Report on sanitation, dispensaries, and jails in Rajputana for 1916, and on vaccination for the year 1916-1917 - 1916-1917
Year: 1916
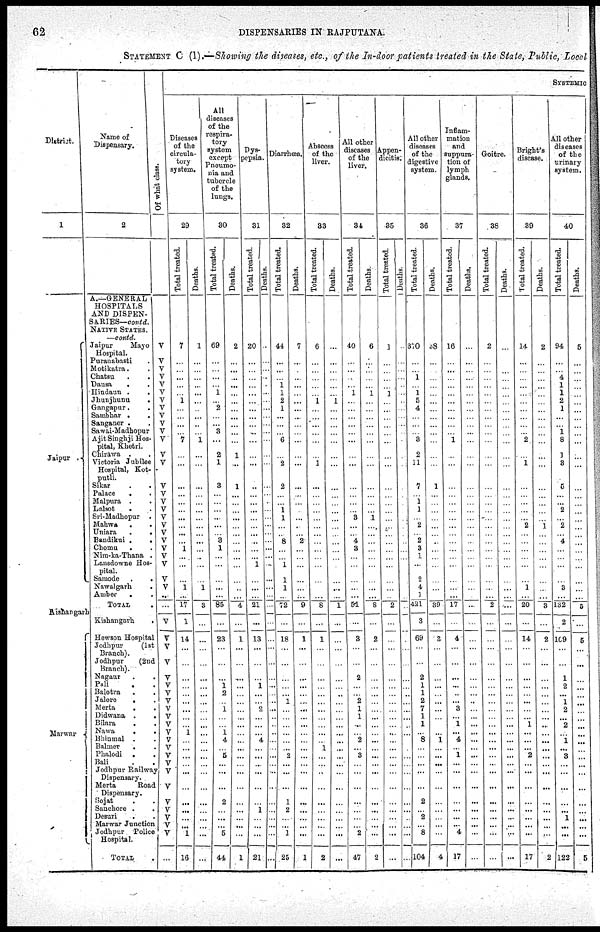
62
DISPENSARIES IN RAJPUTANA.
STATEMENT C (I).—Showing the diseases, etc., of the In-door patients treated in the State, Public, Local
District.
1
Jaipur .
Kishangarh
Marwar
Name of
Dispensary.
2
A.—GENERAL
HOSPITALS
AND DISPEN-
SARIES—contd.
NATIVE STATES.
—contd.
Jaipur
Mayo
Hospital.
Puranabasti .
Motikatra . .
Chatsu . .
Dausa
. .
Hindaun . .
Jhunjhunu
.
Gangapur . .
Sambhar . .
Sanganer . .
Sawai-Madhopur
Ajit Singhji Hos-
pital, Khetri.
Chirawa . .
Victoria Jubilee
Hospital, Kot-
putli.
Sikar
.
.
Palace
. .
Malpura . .
Lalsot
. .
Sri-Madhopur .
Mahwa . .
Uniara
.
.
Bandikui .
.
Chomu
. .
Nim-ka-Thana .
Lansdowne Hos-
pital.
Samode .
.
Nawalgarh
.
Amber
.
.
TOTAL
.
Kishangarh
.
Hewson Hospital
Jodhpur
(1st
Branch).
Jodhpur
(2nd
Branch).
Nagaur . .
Pali . .
Balotra . .
Jalore . .
Merta . .
Didwana . .
Bilara
. .
Nawa
. .
Bhinmal . .
Balmer
. .
Phalodi . .
Bali . .
Jodhpur Railway
Dispensary.
Merta
Road
Dispensary.
Sojat . .
Sanchore . .
Desuri . .
Marwar Junction
Jodhpur Police
Hospital.
TOTAL .
Of what class.
V
V
V
V
V
V
V
V
V
V
V
V
V
V
V
V
V
V
V
V
V
V
V
V
V
V
V
...
...
V
V
V
V
V V
V
V
V
V
V V
V
V
V V
V
V
V
V
V
V
V
...
SYSTEMIC
Diseases
of the
circula-
tory
system.
29
Total treated.
7
...
...
...
...
...
1
...
...
...
...
7
...
...
...
...
...
...
...
...
...
...
1
...
...
...
1
...
17
1
14
...
...
...
...
...
...
...
...
...
1
...
...
...
...
...
...
...
...
...
...
1
16
Deaths.
1
...
...
...
...
...
...
...
...
...
...
1
...
...
...
...
...
...
...
...
...
...
...
...
...
...
1
...
3
...
...
...
...
...
...
...
...
...
...
...
...
...
...
...
...
...
...
...
...
...
...
...
...
All
diseases
of the
respira-
tory
system
except
Pneumo-
nia and
tubercle
of the
lungs.
30
Total treated.
69
...
...
...
...
1
...
2
...
... 3
...
2
1
3
...
...
...
...
...
...
3
1
...
...
...
...
...
85
...
23
...
...
... 1
2
...
1
...
...
1
4
...
5
...
...
...
2
...
...
...
5
44
Deaths.
2
...
...
...
...
...
...
...
...
...
...
...
1
...
1
...
...
...
...
...
...
...
...
...
...
...
...
...
4
...
1
...
...
...
...
...
...
...
...
...
...
...
...
...
...
...
...
...
...
...
...
...
1
Dys-
pepsia.
31
Total treated.
20
...
...
...
...
...
...
...
...
...
...
...
...
...
..
...
...
...
...
...
...
...
...
...
1
...
...
...
21
...
13
...
...
... 1
...
...
2
...
...
...
4
...
...
...
...
...
...
1
...
...
...
21
Deaths.
...
...
...
...
...
...
...
...
...
...
...
...
...
...
...
...
...
...
...
...
...
...
...
...
...
...
...
...
...
...
...
...
...
... ...
...
...
...
...
...
...
...
...
...
...
...
...
...
...
...
...
...
...
Diarrhœa.
32
Total treated.
44
...
...
...
1
1
2
1
...
...
...
6
...
2
2
...
...
1
1
...
...
8
...
...
1
1
1
...
72
...
18
...
...
...
...
...
1
...
...
...
...
... ...
2
...
...
...
1
2
...
...
1
25
Deaths.
7
...
...
...
...
...
...
...
...
...
...
...
...
...
...
...
...
...
...
...
...
2
...
...
...
...
...
...
9
...
1
...
...
...
...
...
...
...
...
...
...
...
...
...
...
...
...
...
...
...
...
...
1
Abscess
of the
liver.
33
Total treated.
6
...
...
...
...
...
1
...
...
...
...
...
...
1
...
...
...
...
...
...
...
...
...
...
...
...
...
...
8
...
1
...
...
...
...
...
...
...
...
...
...
...
1
...
...
...
...
...
...
...
...
...
2
Deaths.
...
...
...
...
...
...
1
...
...
...
...
...
...
...
...
...
...
...
...
...
...
...
...
...
...
...
...
...
1
...
...
...
...
...
...
...
...
...
...
...
...
...
...
...
...
...
...
...
...
...
...
...
...
All other
diseases
of the
liver.
34
Total treated.
40
...
...
...
...
1
...
...
...
...
...
...
...
...
...
...
...
...
3
...
...
4
3
...
...
...
...
...
51
...
3
...
...
2
...
...
2
1
1
...
...
2
...
3
...
...
...
...
...
...
...
2
47
Deaths.
6
...
...
...
...
1
...
...
...
...
...
...
...
...
...
...
...
...
1
...
...
...
...
...
...
...
...
...
8
...
2
...
...
...
...
...
...
...
...
...
...
...
...
...
...
...
...
...
...
...
...
...
2
Appen-
dicitis.
35
Total treated.
1
...
...
...
...
1
...
...
...
...
...
...
...
...
...
...
...
...
...
...
...
...
...
...
...
...
...
...
2
...
...
...
...
...
...
...
...
...
...
...
...
...
...
...
...
...
...
...
...
...
...
...
...
Deaths.
...
...
...
...
...
...
...
...
...
...
...
...
...
...
...
...
...
...
...
...
...
...
...
...
...
...
...
...
...
...
...
...
...
...
...
...
...
...
...
...
...
...
...
...
...
...
...
...
...
...
...
...
...
All other
diseases
of the
digestive
system.
36
Total treated.
370
...
...
1
...
1
5
4
...
...
...
3
2
11
7
...
1 1
...
2
...
2
3
1
...
2
4
1
421
3
69
...
...
2
1
1
2
7
1
1
...
8
...
...
...
...
...
2
...
2
...
8
104
Deaths.
38
...
...
...
...
...
...
...
...
...
...
...
...
...
1
...
...
...
...
...
...
...
...
...
...
...
...
...
39
...
3
...
...
...
...
...
...
...
...
...
...
1
...
...
...
...
...
...
...
...
...
...
4
Inflam-
mation
and
suppura-
tion of
lymph
glands.
37
Total treated.
16
...
...
...
...
...
...
...
...
...
...
1
...
...
...
...
...
...
...
...
...
...
...
...
...
...
...
...
17
...
4
...
...
...
...
...
...
3
...
1
...
4
...
1
...
...
...
...
...
...
...
4
17
Deaths.
...
...
...
...
...
...
...
...
...
...
...
...
...
...
...
...
...
...
...
...
...
...
...
...
...
...
...
...
...
...
...
...
...
...
...
...
...
...
...
...
...
...
...
...
...
...
...
...
...
...
...
...
...
Goitre.
38
Total treated.
2
...
...
...
...
...
...
...
...
...
...
...
...
...
...
...
...
...
...
...
...
...
...
...
...
...
...
...
2
...
...
...
...
...
...
...
...
...
...
...
...
...
...
...
...
...
...
...
...
...
...
...
...
Deaths.
...
...
...
...
...
...
...
...
...
...
...
...
...
...
...
...
...
...
...
...
...
...
...
...
...
...
...
...
...
...
...
...
...
...
...
...
...
...
...
...
...
...
...
...
...
...
...
...
...
...
...
...
...
Bright's
disease.
39
Total treated.
14
...
...
...
...
...
...
...
...
...
...
2
...
1
...
...
...
...
...
2
...
...
...
...
...
...
1
...
20
...
14
...
...
...
...
...
...
...
...
1
...
...
...
2
...
...
...
...
...
...
...
...
17
Deaths.
2
...
...
...
...
...
...
...
...
...
...
...
...
...
...
...
...
...
...
1
...
...
...
...
...
...
...
...
3
...
2
...
...
...
...
...
...
...
...
...
...
...
...
...
...
...
...
...
...
...
...
...
2
All other
diseases
of the
urinary
system.
40
Total treated.
94
...
... 4
1
1
2
1
...
... 1
8
1
3
5
...
...
2
...
2
...
4
...
...
...
...
3
...
132
2
109
...
...
1
2
...
1
2
...
2
...
1
...
3
...
...
...
...
...
1
...
...
122
Deaths.
5
...
...
...
...
...
...
...
...
...
...
...
...
...
...
...
...
...
...
...
...
...
...
...
...
...
...
...
5
...
5
...
...
...
...
...
...
...
...
...
...
...
...
...
...
...
...
...
...
...
...
5